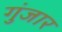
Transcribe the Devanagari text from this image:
गुंजार